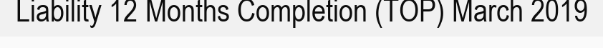
Liability 12 Months Completion (TOP) March 2019